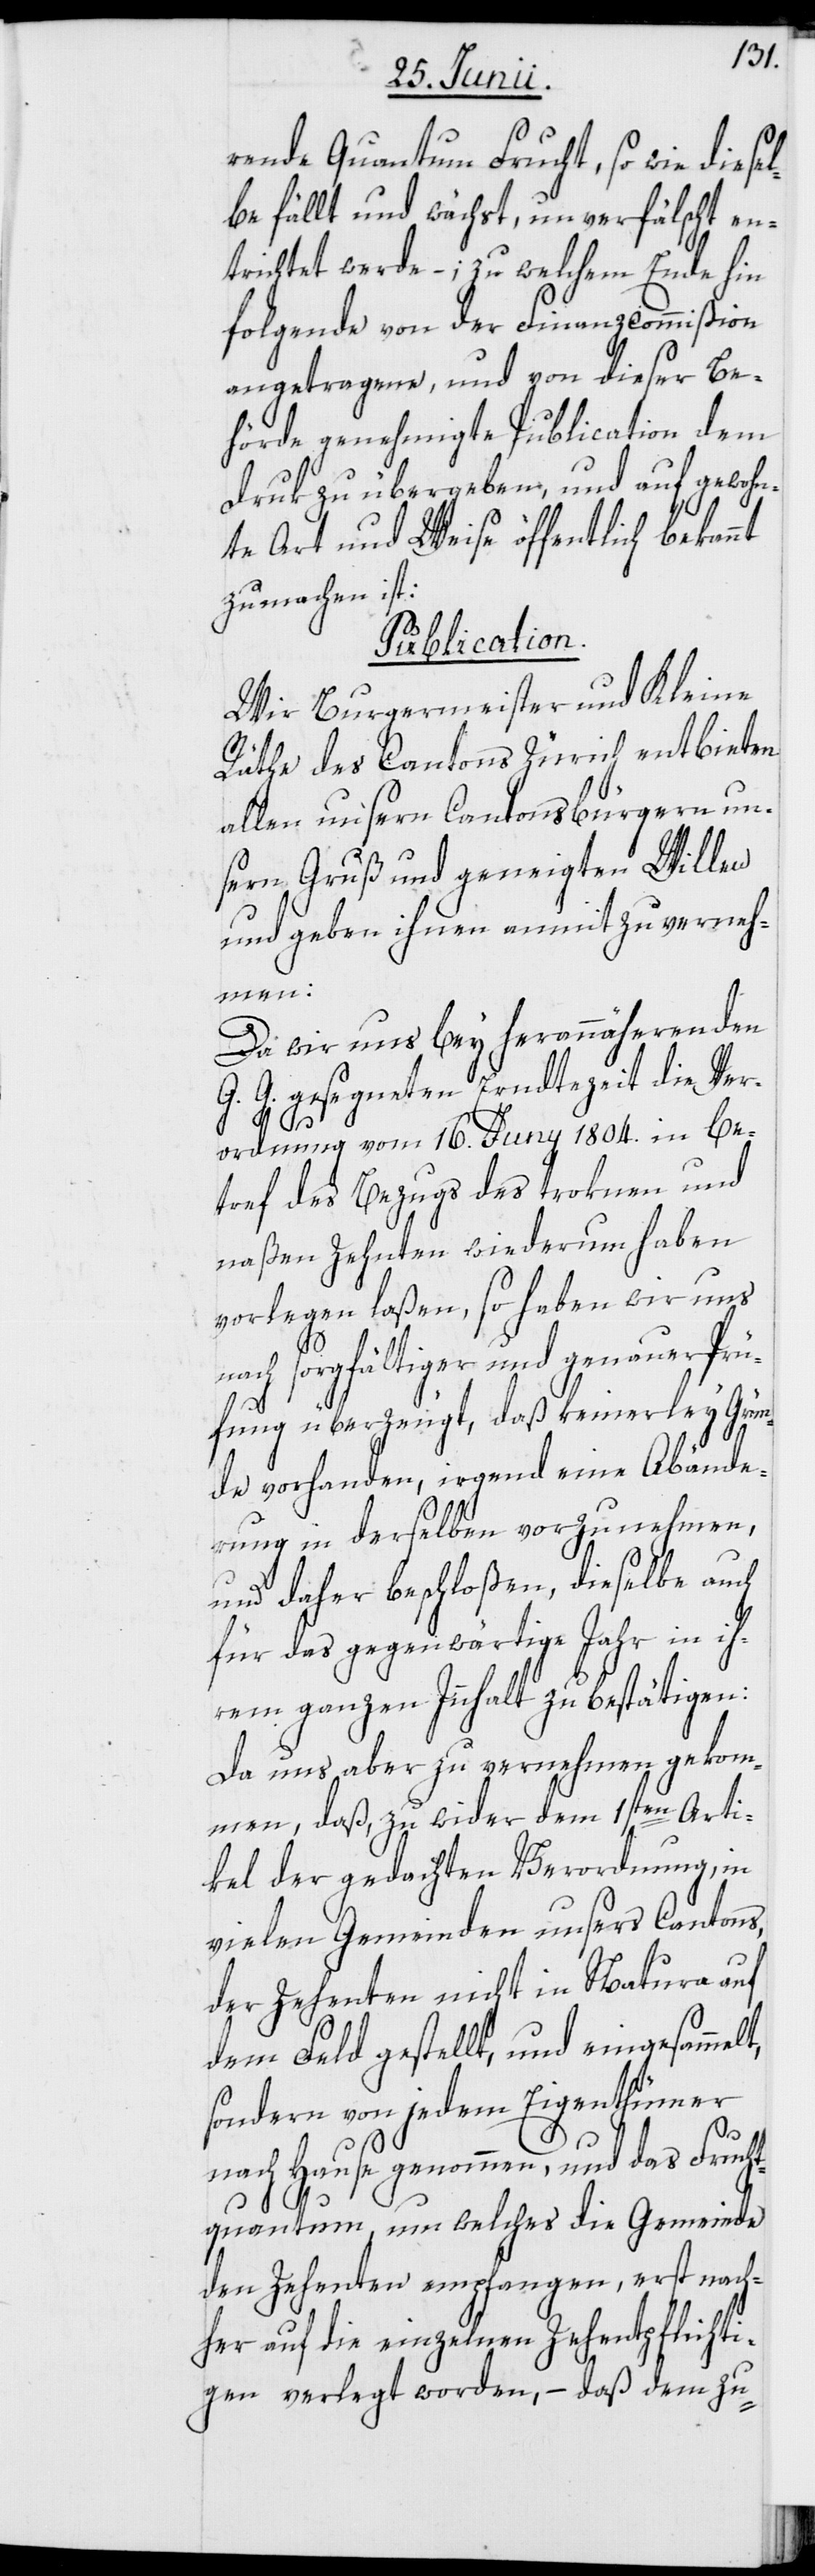
rende Quantum Frucht, so wie diesel¬
be fällt und wächst, unverfälscht en¬
trichtet werde –; zu welchem Ende hin
folgende von der Finanzcommißion
angetragene, und von dieser Be¬
hörde genehmigte Publication dem
Druk zu übergeben, und auf gewohn¬
te Art und Weise öffentlich bekannt
zu machen ist:
Publication.
Wir Burgermeister und Kleine
Räthe des Cantons Zürich entbieten
allen unsern Cantonsbürgern un¬
sern Gruß und geneigten Willen
und geben ihnen anmit zu verneh¬
men:
Da wir uns bey herannäherenden
G. G. gesegneten Erndtezeit die Ver¬
ordnung vom 16. Juny 1804. in be¬
tref des Bezugs des troknen und
naßen Zehnten wiederum haben
vorlegen laßen, so haben wir uns
ach sorgfältiger und genauer Prü¬
fung überzeugt, daß keinerley Grün¬
de vorhanden, irgend eine Abände¬
rung in derselben vorzunehmen,
und daher beschloßen, dieselbe auch
für das gegenwärtige Jahr in ih¬
rem ganzen Innhalt zu bestätigen:
Da uns aber zu vernehmen gekom¬
men, daß, zu wider dem 1sten Arti¬
kel der gedachten Verordnung, in
vielen Gemeinden unsers Cantons,
der Zehenten nicht in Natura auf
dem Feld gestellt, und eingesammelt,
sondern von jedem Eigenthümer
n¬
nach Hause genommen, und das Frucht¬
quantum, um welches die Gemeinde
den Zehenten empfangen, erst nach¬
her auf die einzelnen Zehentpflichti¬
gen verlegt worden, – daß dem zu-